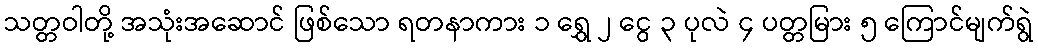
သတ္တဝါတို့ အသုံးအဆောင် ဖြစ်သော ရတနာကား ၁ ရွှေ ၂ ငွေ ၃ ပုလဲ ၄ ပတ္တမြား ၅ ကြောင်မျက်ရွဲ